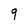
Character: 9